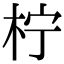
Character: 柠